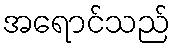
အရောင်သည်